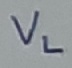
Text: VL